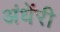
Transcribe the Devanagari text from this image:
अंधेंरी